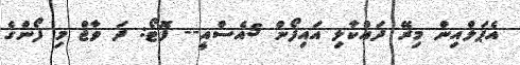
އެޕަލްއިން މިރޭ ދައްކާލި އައިފޯން 5އެސްއީ-- ފޮޓޯ: ދަ ވާޖް މި ފޯންގެ